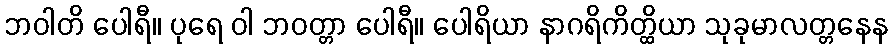
ဘဝါတိ ပေါရီ။ ပုရေ ဝါ ဘဝတ္တာ ပေါရီ။ ပေါရိယာ နာဂရိကိတ္ထိယာ သုခုမာလတ္တနေန